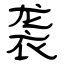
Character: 袭